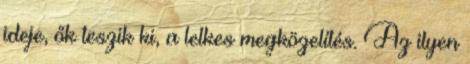
ideje, ők teszik ki, a lelkes megközelítés. Az ilyen